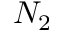
N _ { 2 }